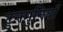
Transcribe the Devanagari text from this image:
टुनमुनियाँ